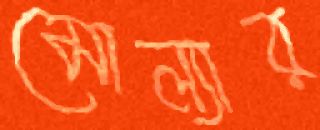
মোল্যার